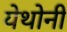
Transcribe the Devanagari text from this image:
येथोनी